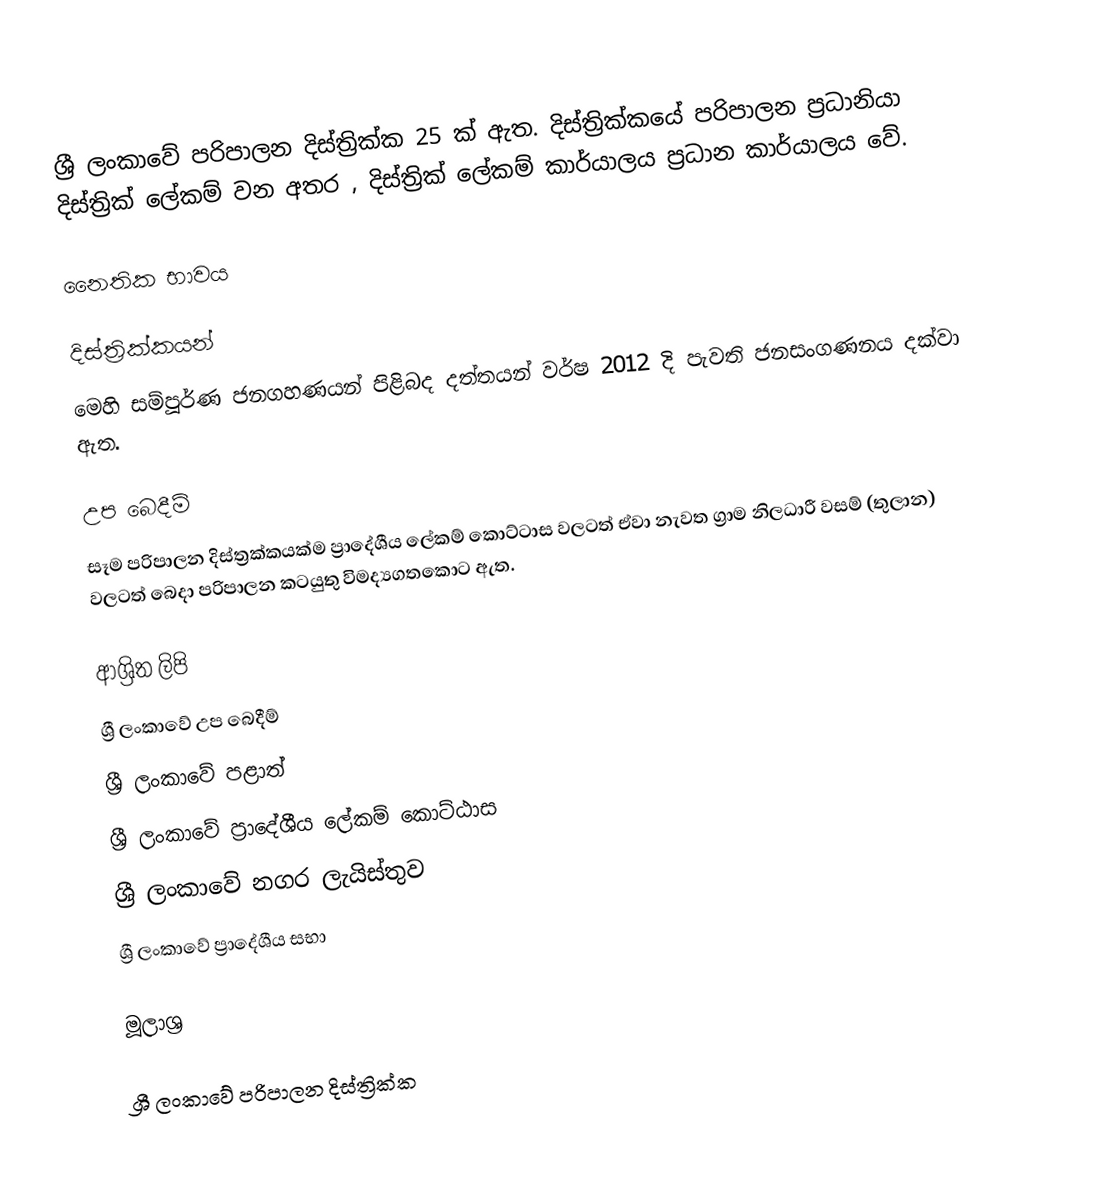
ශ්‍රී ලංකාවේ පරිපාලන දිස්ත්‍රික්ක 25 ක් ඇත. දිස්ත්‍රික්කයේ පරිපාලන ප්‍රධානියා දිස්ත්‍රික් ලේකම් වන අතර , දිස්ත්‍රික් ලේකම් කාර්යාලය ප්‍රධාන කාර්යාලය වේ.

නෛතික භාවය

දිස්ත්‍රික්කයන්
මෙහි සම්පූර්ණ ජනගහණයන් පිළිබද දත්තයන් වර්ෂ 2012 දි පැවති ජනසංගණනය දක්වා ඇත.

උප බෙදීම්
සෑම පරිපාලන දිස්ත්‍රක්කයක්ම ප්‍රාදේශීය ලේකම් කොට්ටාස වලටත් ඒවා නැවත ග්‍රාම නිලධාරී වසම් (තුලාන) වලටත් බෙදා පරිපාලන කටයුතු විමද්‍යගතකොට ඇත.

ආශ්‍රිත ලිපි
 ශ්‍රී ලංකාවේ උප බෙදීම්
 ශ්‍රී ලංකාවේ පළාත්
 ශ්‍රී ලංකාවේ ප්‍රාදේශීය ලේකම් කොට්ඨාස
 ශ්‍රී ලංකාවේ නගර ලැයිස්තුව
 ශ්‍රී ලංකාවේ ප්‍රාදේශීය සභා

මූලාශ්‍ර

ශ්‍රී ලංකාවේ පරිපාලන දිස්ත්‍රික්ක